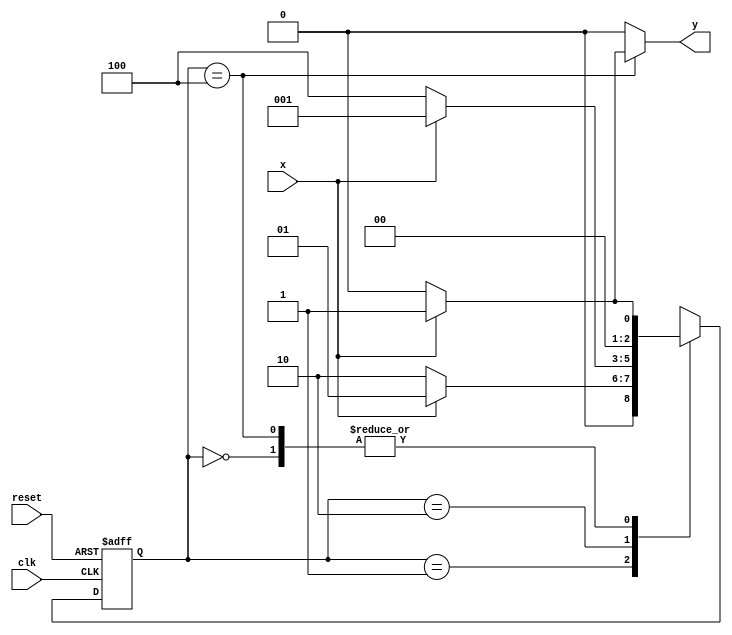
// ---------------------
// Guia 11_03 - Mealy - FSM capaz de reconhecer uma sequncia (1001).
// Nome: Mrcia Cibele Martins Carneiro 
// ---------------------

//Implementar uma mquina de estados finitos (Mealy - FSM)capaz de reconhecer uma sequncia (1001)com interseo (1001001 ser considerada).
 
// -------------------------------------------------------------------------------------------------------------------------------------------------------------------

// ---------------
// --- Mealy FSM
// --- seq: 1001
// ---------------


// constant definitions
`define found    1
`define notfound 0

// FSM by Mealy
module exercicio3_seq1001_mealy ( y, x, clk, reset );

	output y;
	input  x;
	input  clk;
	input  reset;

	reg    y;

	parameter         // state identifiers 
		start  = 3'b000,
		id1    = 3'b001,
		id10   = 3'b010,
		id100  = 3'b100;

	reg [2:0] E1;	// current state variables
	reg [2:0] E2;	// next state logic output

	// next state logic
   always @( x or E1 )
		begin
		y = `notfound;

		case ( E1 )
			start:
				if ( x )
					E2 = id1;
				else
					E2 = start;
				
			id1:
				if ( x )
					E2 = id1;
				else
					E2 = id10;
			
			id10:
				if ( x )
					E2 = id1;
				else
					E2 = id100;

			id100:
				if ( x )
				begin
					E2 =  id1;
					y  = `found;
				end
				else
				begin
					E2 =  start;
					y  = `notfound;
				end
	 
			default:   // undefined state
				E2 =  3'bxxx;
		endcase
	  
		end // always at signal or state changing
		

	// state variables
		always @( negedge clk or negedge reset )
		begin
			if ( reset )
				E1 = E2;    // updates current state
			else
				E1 = 0;     // reset
		end // always at signal changing

endmodule // exercicio3_seq1001_mealy

module Exercicio3;
	
	reg   clk, reset, x;
	wire  m1;

	exercicio3_seq1001_mealy M3 ( m1, x, clk, reset );

	initial
	begin
		$display("Guia 11_03 - Marcia Cibele Martins Carneiro - 404591");
		$display("\nTime\tX   Seq 1001" );

		// initial values
       clk   = 1;
       reset = 0;
       x     = 0;

	// input signal changing
		#10   reset = 1;
		#10  x = 1;
		#10  x = 0;
		#10  x = 0;
		#10  x = 1;
		#10  x = 0;
		#10  x = 1;
		#10  x = 1;
		#10  x = 1;
		#10  x = 1;
		#10  x = 0;
		#10  x = 1;
		#10  x = 1;
		#10  x = 1;
		#10  x = 0;
		#10  x = 1;
		#10  x = 0;
		#10  x = 0;
		#10  x = 0;
		
		#5 $finish;
	
	end // initial

	always
		#5 clk = ~clk;

	always @( posedge clk )
	begin
		$display ( "%4d \t%b\t%b", $time, x, m1);
	end // always at positive edge clocking changing

endmodule 

/* Resultado obtido
     ----jGRASP exec: D:\MeusDocumentos\2010-2_arq1_programas\Icarus_Verilog\bin\vvp exercicio3.vvp
    
    Guia 11_01 - Marcia Cibele Martins Carneiro - 404591
    
    Time		X   Seq 1001
      10 	0		0
      20 	1		0
      30 	0		0
      40 	0		0
      50 	1		1
      60 	0		0
      70 	1		0
      80 	1		0
      90 	1		0
     100 	1		0
     110 	0		0
     120 	1		0
     130 	1		0
     140 	1		0
     150 	0		0
     160 	1		0
     170 	0		0
     180 	0		0
     190 	0		0
    
     ----jGRASP: operation complete.
 */